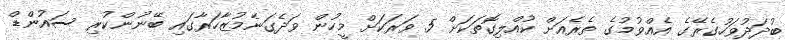
ބުދަދުވަހުގެރޭގެ އެއްވުމުގެ ތެރެއަށް ކުއްލިގޮތަކަށް 5 ވަރަކަށް މީހުން ވަދެގަނެމުޒާހަރާގައި ބޭނުންކުރި ސައުންޑް